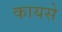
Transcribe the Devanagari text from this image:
कायसे